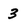
Character: 3